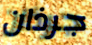
جرذان